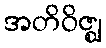
အတိဝိဇ္ဈ